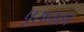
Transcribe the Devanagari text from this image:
पूरानका